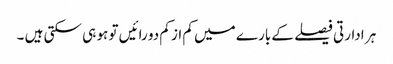
ہر ادارتی فیصلے کے بارے میں کم از کم دو رائیں تو ہو ہی سکتی ہیں ۔